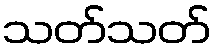
သတ်သတ်